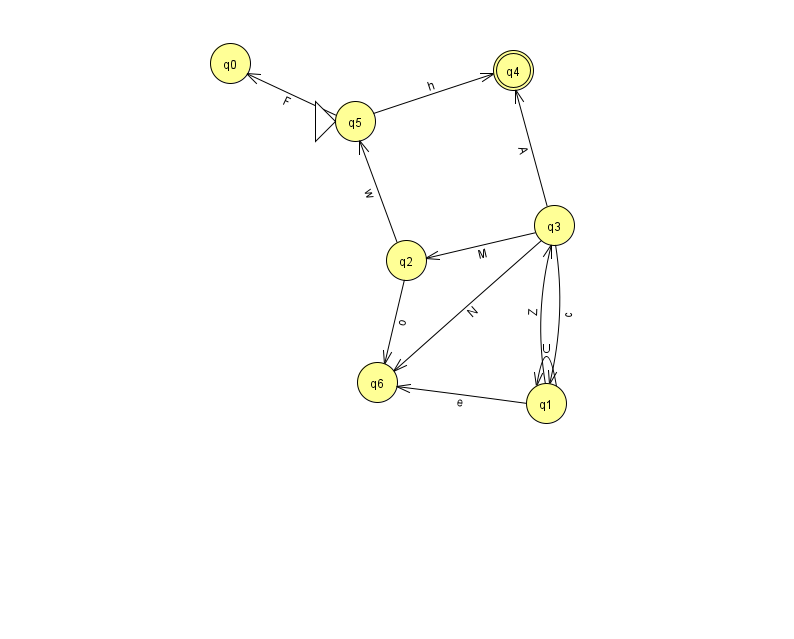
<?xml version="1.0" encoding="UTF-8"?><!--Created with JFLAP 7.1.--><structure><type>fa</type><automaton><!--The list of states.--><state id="0" name="q0"><x>230.0</x><y>50.0</y></state><state id="1" name="q1"><x>546.0</x><y>390.0</y></state><state id="2" name="q2"><x>406.0</x><y>247.0</y></state><state id="3" name="q3"><x>554.0</x><y>212.0</y></state><state id="4" name="q4"><x>513.0</x><y>57.0</y><final/></state><state id="5" name="q5"><x>355.0</x><y>108.0</y><initial/></state><state id="6" name="q6"><x>377.0</x><y>369.0</y></state><!--The list of transitions.--><transition><from>5</from><to>0</to><read>F</read></transition><transition><from>1</from><to>3</to><read>Z</read></transition><transition><from>5</from><to>4</to><read>h</read></transition><transition><from>3</from><to>6</to><read>N</read></transition><transition><from>1</from><to>1</to><read>U</read></transition><transition><from>1</from><to>6</to><read>e</read></transition><transition><from>2</from><to>5</to><read>w</read></transition><transition><from>2</from><to>6</to><read>o</read></transition><transition><from>3</from><to>4</to><read>A</read></transition><transition><from>3</from><to>1</to><read>c</read></transition><transition><from>3</from><to>2</to><read>M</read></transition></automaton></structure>